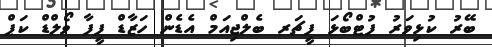
ބޭރު ކުޅިވަރު ފުޓްބޯޅަ ފީޗަރ ބެލްޖިއަމް އެޑެން ހަޒާޑް ފީފާ ވޯލްޑް ކަޕް